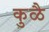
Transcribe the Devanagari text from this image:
कुळै